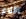
افلام